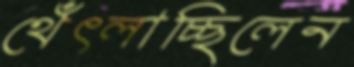
থেঁৎলাচ্ছিলেন